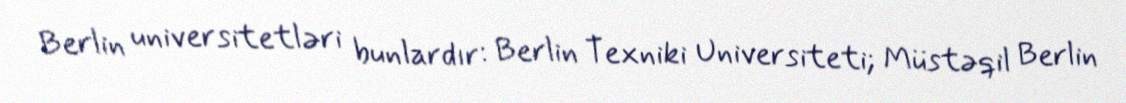
Berlin universitetləri bunlardır: Berlin Texniki Universiteti; Müstəqil Berlin